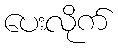
ပေးလိုက်